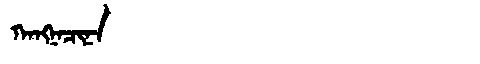
Manchu: ᡴᠠᠩᠨᠠᠴᡳᠨᠠ
Romanization: KANGNACINA